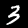
Digit: 3